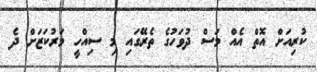
ކުރިއަށް އޮތް އެއް މަސް ދުވަހުގެ ތެރޭގައި މި ސިއްހީ މަރުކަޒަށް ދެ